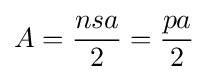
A={\frac {nsa}{2}}={\frac {pa}{2}}